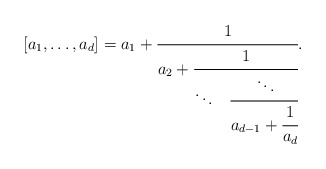
\begin{align*}[a_1,\ldots,a_d]=a_1+\cfrac{1}{a_2+\cfrac{1}{\ddots\phantom{+}\cfrac{\ddots}{a_{d-1}+\cfrac{1}{a_d}}}}.\end{align*}